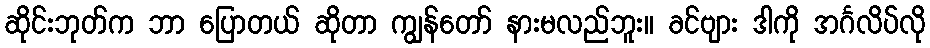
ဆိုင်းဘုတ်က ဘာ ပြောတယ် ဆိုတာ ကျွန်တော် နားမလည်ဘူး။ ခင်ဗျား ဒါကို အင်္ဂလိပ်လို